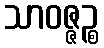
သာဝဇ္ဇဉ္စ